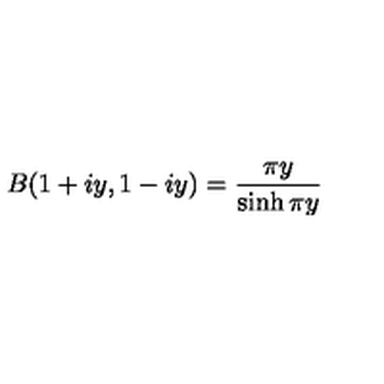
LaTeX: B ( 1 + i y , 1 - i y ) = { \frac { \pi y } { \sinh \pi y } }